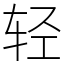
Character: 轻